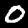
Digit: 0